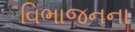
વિભાજનના